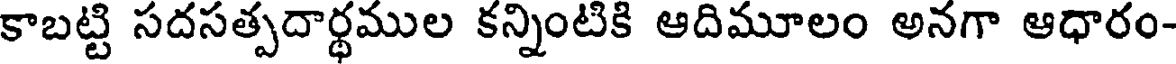
కాబట్టి సదసత్పదార్థముల కన్నింటికి ఆదిమూలం అనగా ఆధారం-